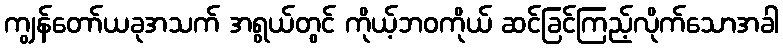
ကျွန်တော်ယခုအသက် အရွယ်တွင် ကိုယ့်ဘဝကိုယ် ဆင်ခြင်ကြည့်လိုက်သောအခါ